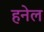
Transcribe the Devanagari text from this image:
हनेल